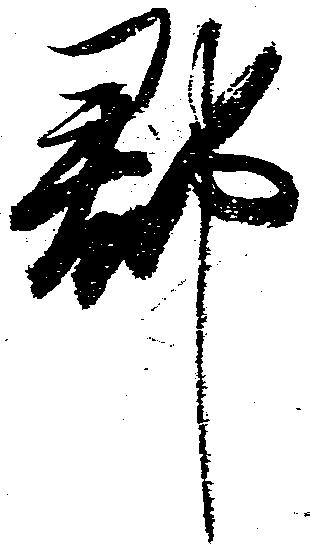
郡